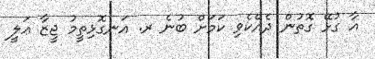
އާ ގުޅޭ ގޮތުން ދެއްކެވި ކަމަށް ބުނެ ރ. އަނގޮޅިތީމު ޖީޒާ ޢަލީ